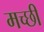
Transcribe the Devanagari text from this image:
मच्छी